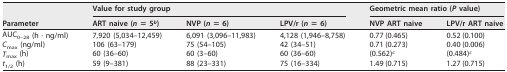
| <ROWSPAN=2> Parameter | <COLSPAN=3> Value for study group | <COLSPAN=2> Geometric mean ratio (P value) |
 | ART naive (n = 5b) | NVP (n = 6) | LPV/r (n = 6) | NVP ART naive | LPV/r ART naive |
 | --- | --- | --- | --- | --- | --- |
 | AUC0–28 (h · ng/ml) | 7,920 (5,034–12,459) | 6,091 (3,096–11,983) | 4,128 (1,946–8,758) | 0.77 (0.465) | 0.52 (0.100) |
 | Cmax (ng/ml) | 106 (63–179) | 75 (54–105) | 42 (34–51) | 0.71 (0.273) | 0.40 (0.006) |
 | Tmax (h) | 60 (36–60) | 60 (3–60) | 60 (36–60) | (0.562)c | (0.484)c |
 | t1/2 (h) | 59 (9–381) | 88 (23–331) | 75 (16–334) | 1.49 (0.715) | 1.27 (0.715) |